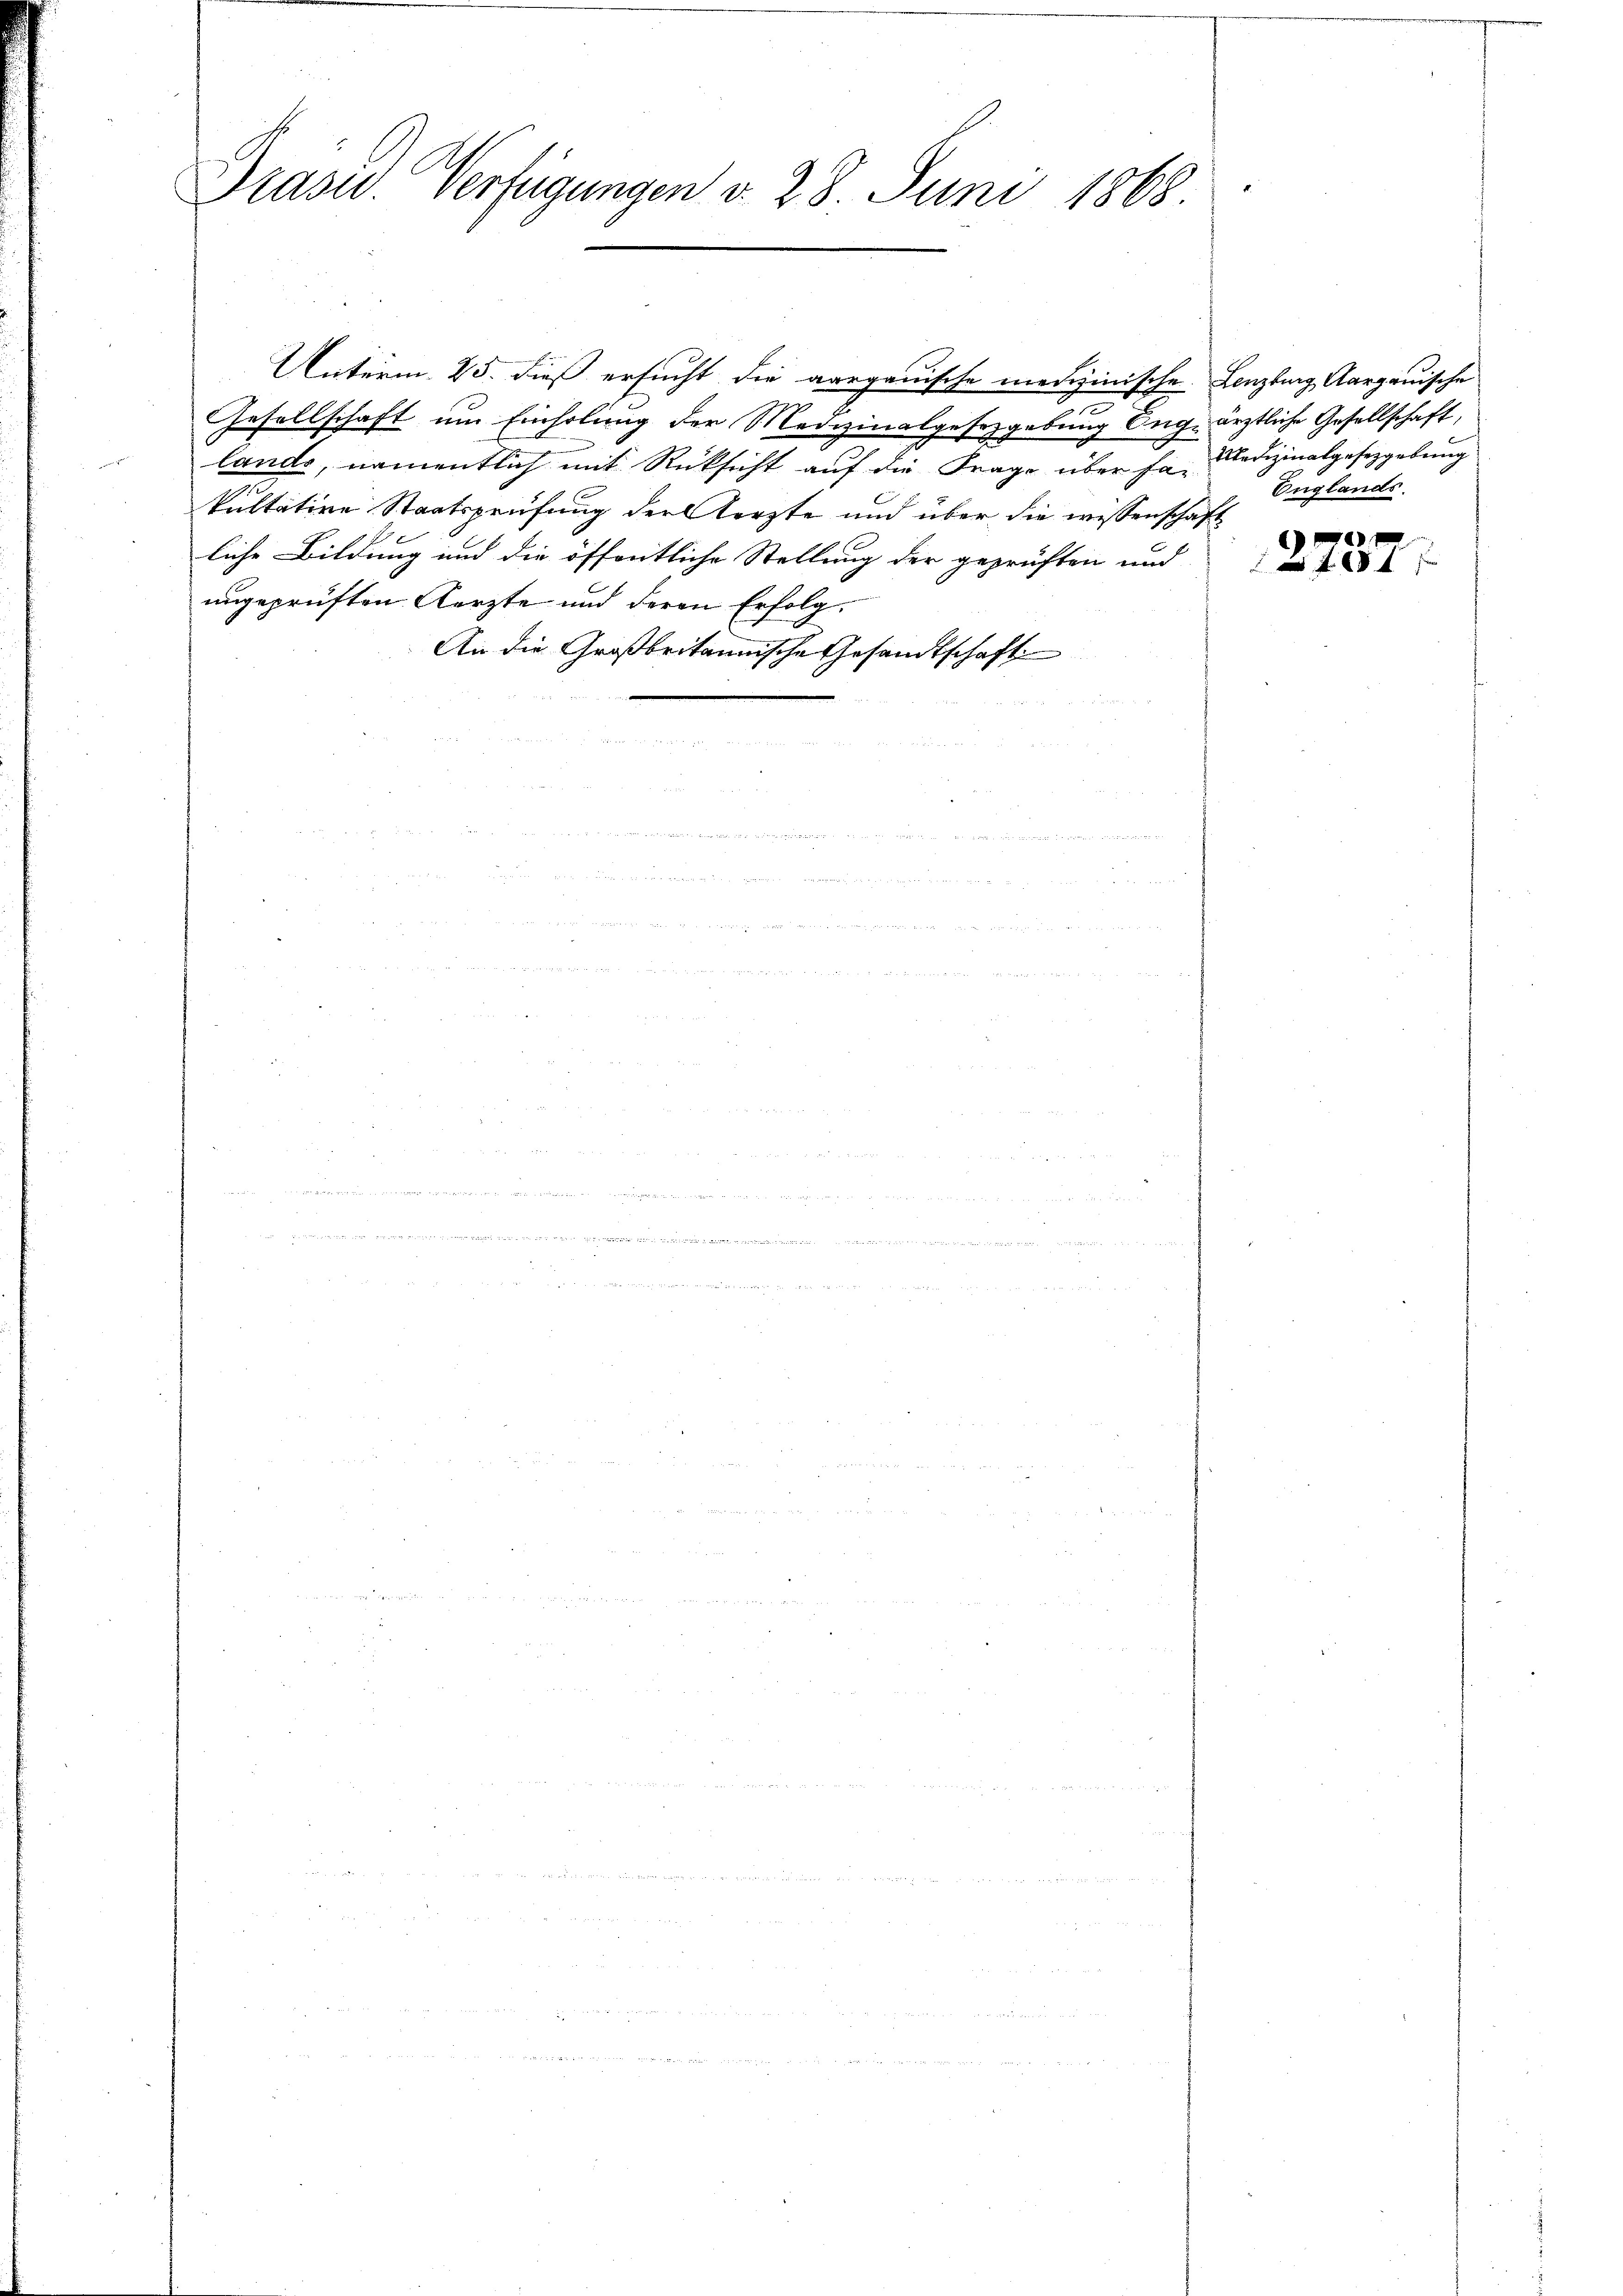
Präsid. Verfügungen d. 28. Juni 1868

Gesellschaft um Einholung der Medizinalgesetzgebung Auge ärztliche Gesellschaft,
lande, namentlich mit Rücksicht auf die Frage über da. Medizinalgesetzgebung
.
kultative Staatsprüfung der Aerzte und über die wissenschaft
liche Bildung und die öffentliche Stellung der geprüften und
ungeprüften Kerzte und deren Erfolg.
An die Großbritannische Gesandtschaft

Unterm 25. dieß ersucht die aargauische medizinische Lenzburg, Aargauische

Englands

2731.